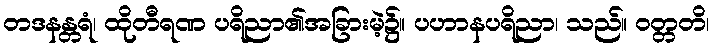
တဒနန္တရံ၊ ထိုတီရဏ ပရိညာ၏အခြားမဲ့၌။ ပဟာနပရိညာ၊ သည်။ ဝတ္တတိ၊